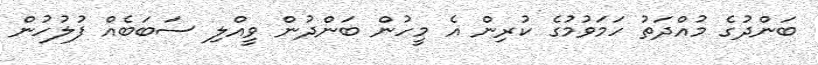
ބަންދުގެ މުއްދަތު ހަމަވުމުގެ ކުރިން އެ މީހުން ބަންދުން ވީއްލި ސަބަބެއް ފުލުހުން